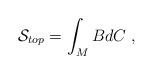
LaTeX: \begin{align*}\mathcal{S}_{top}=\int_MBdC\;, \end{align*}